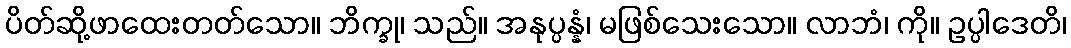
ပိတ်ဆို့ဖာထေးတတ်သော။ ဘိက္ခု၊ သည်။ အနုပ္ပန္နံ၊ မဖြစ်သေးသော။ လာဘံ၊ ကို။ ဥပ္ပါဒေတိ၊